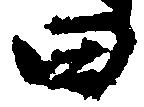
田